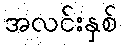
အလင်းနှစ်